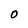
Character: O